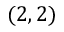
( 2 , 2 )